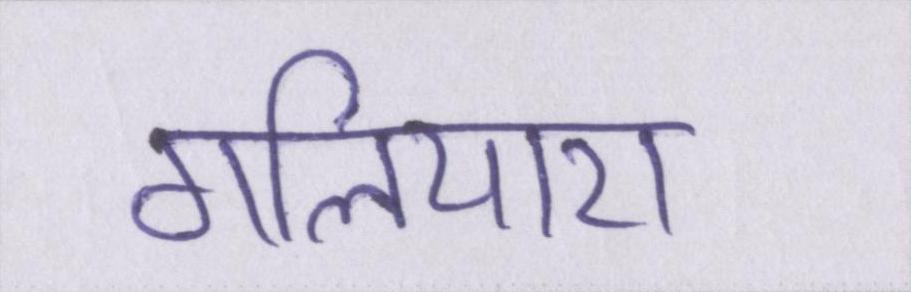
गलियारा